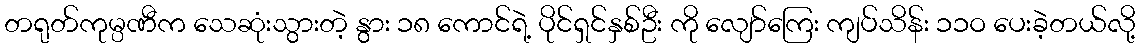
တရုတ်ကုမ္ပဏီက သေဆုံးသွားတဲ့ နွား ၁၈ ကောင်ရဲ့ ပိုင်ရှင်နှစ်ဦး ကို လျော်ကြေး ကျပ်သိန်း ၁၁ဝ ပေးခဲ့တယ်လို့